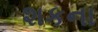
શકના